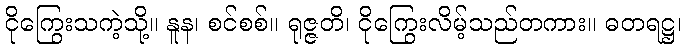
ငိုကြွေးသကဲ့သို့။ နူန၊ စင်စစ်။ ရုဇ္ဇတိ၊ ငိုကြွေးလိမ့်သည်တကား။ ဓတရဋ္ဌ၊